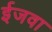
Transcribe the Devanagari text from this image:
ईजवा